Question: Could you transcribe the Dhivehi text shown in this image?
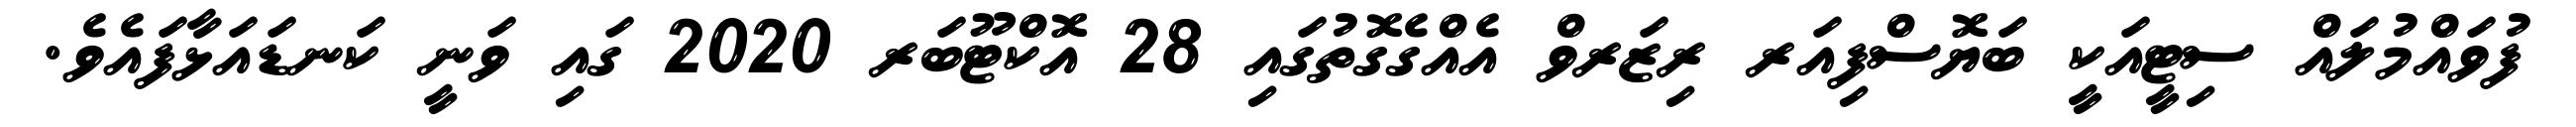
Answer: ފުވައްމުލައް ސިޓީއަކީ ބަޔޮސްފިއަރ ރިޒަރވް އެއްގެގޮތުގައި 28 އޮކްޓޫބަރ 2020 ގައި ވަނީ ކަނޑައަޅާފައެވެ.